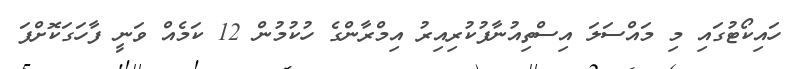
ހައިކޯޓުގައި މި މައްސަލަ އިސްތިއުނާފުކުރިއިރު އިމްރާންގެ ހުކުމުން 12 ކަމެއް ވަނީ ފާހަގަކޮށްފަ